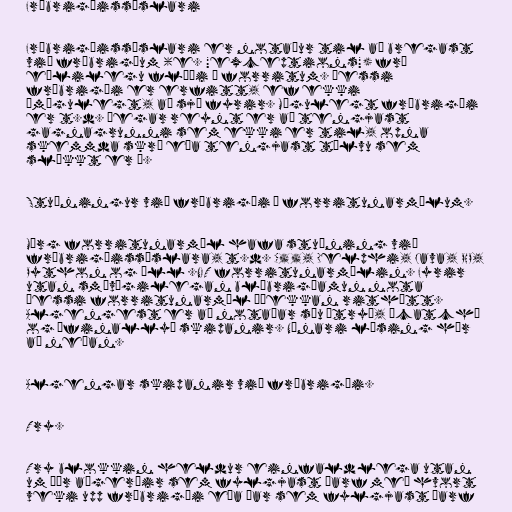
Frábrigðissýslari

Frábrigðissýslari er notaður til að bregast
við frábrigðum (e. "exceptions") frá
eðlilegu flæði í forritum. Þessi
frábrigði er erfitt, ef ekki
ómögulegt, að sjá fyrir. Mögulegt frábrigði
er t.d. þegar reynt er að tengjast
gagnagrunni sem ekki er til, opna
skemmda skrá eða tengjast tölvu sem
slökkt er á.

Stuðningur við frábrigði í forritunarmálum.

Mörg forritunarmál hafa stuðning við
frábrigðissýslara, t.d. C++, Delphi, Java, PHP,
Python og öll .NET forritunarmálin. Fyrir
utan smávægilegan blæbrigðamun nota
þessi forritunarmál áþekkan rithátt.
Algengest er að notaðar séu „try“, „catch“
og „finally“ skipanir. Nánari lýsing hér
að neðan.

Algengar skipanir við frábrigði.

Try.

Try blokkin heldur einfaldlega utan
um þær aðgerðir sem fylgjast þarf með hvort
veki upp frábrigði eða þar sem fylgjast þarf